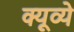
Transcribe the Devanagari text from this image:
क्यूव्ये